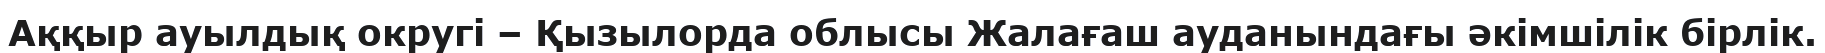
Аққыр ауылдық округі – Қызылорда облысы Жалағаш ауданындағы әкімшілік бірлік.